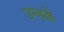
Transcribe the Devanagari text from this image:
उन्हकें